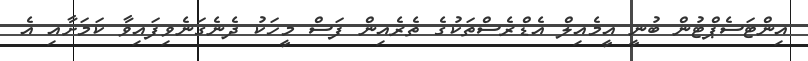
އިންޓަސެޕްޓުން ބުނީ އީމެއިލް އެޑްރެސްތަކުގެ ތެރެއިން ފަސް މީހަކު ދެނެގަނެވިފައިވާ ކަމަށާއި އެ